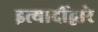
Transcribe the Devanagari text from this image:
इत्यादींद्वारे